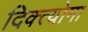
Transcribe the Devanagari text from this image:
दिक्त्योमा